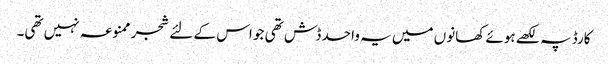
کارڈ پہ لکھے ہوئے کھانوں میں یہ واحد ڈش تھی جو اس کے لئے شجر ممنوعہ نہیں تھی۔